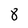
Character: 8